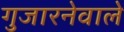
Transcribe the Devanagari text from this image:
गुजारनेवाले